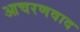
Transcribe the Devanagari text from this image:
आचरणवाद